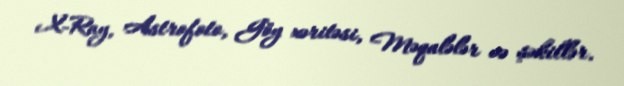
X-Ray, Astrofoto, Göy xəritəsi, Məqalələr və şəkillər.